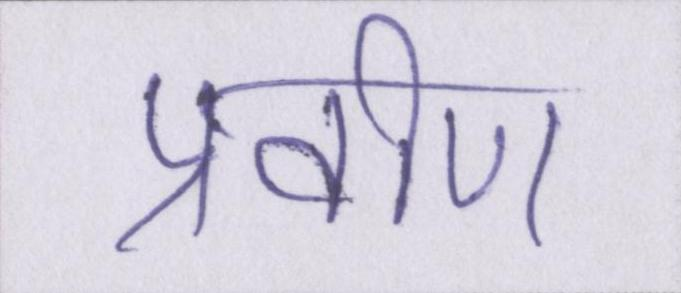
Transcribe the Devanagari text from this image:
प्रवीण